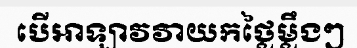
បើអាឡាវវាយកថ្លៃម្លឹងៗ